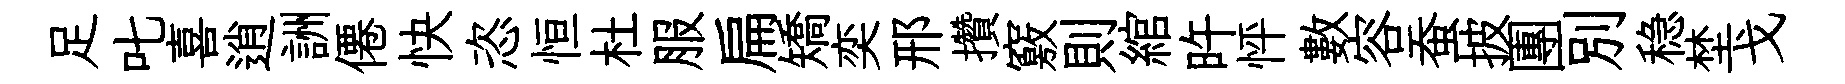
足叱喜逍詶僊快恣恒杜服扁矯奕邢攢竅則綰旿怦數容蚕披團別稳埜戈